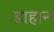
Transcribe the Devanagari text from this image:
डाहान